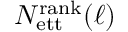
N _ { \mathrm { e t t } } ^ { \mathrm { r a n k } } ( \ell )